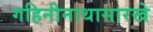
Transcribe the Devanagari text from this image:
गहिनीनाथासारखे